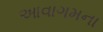
આવાગમના